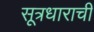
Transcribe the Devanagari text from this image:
सूत्रधाराची